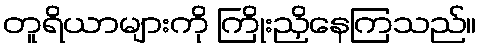
တူရိယာများကို ကြိုးညှိနေကြသည်။